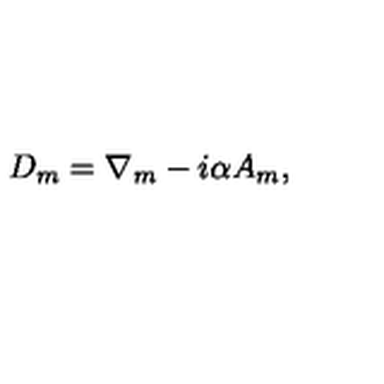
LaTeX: D _ { m } = \nabla _ { m } - i \alpha A _ { m } ,